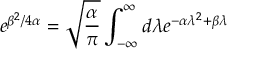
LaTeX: e ^ { \beta ^ { 2 } / 4 \alpha } = \sqrt { { \frac { \alpha } { \pi } } } \int _ { - \infty } ^ { \infty } d \lambda e ^ { - \alpha \lambda ^ { 2 } + \beta \lambda }